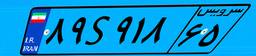
۵۱S۵۷۳۳۶